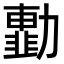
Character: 𠢾